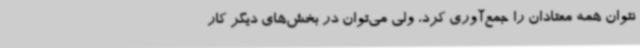
نتوان همه معتادان را جمع‌آوری کرد، ولی می‌توان در بخش‌های دیگر کار